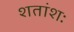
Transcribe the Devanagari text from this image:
शतांशः